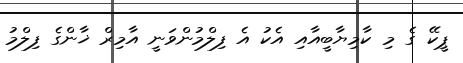
ޕީކޭ ގެ މި ކާމިޔާބީއާއި އެކު އެ ފިލްމުންވަނީ އާމިރް ޚާންގެ ފިލްމު